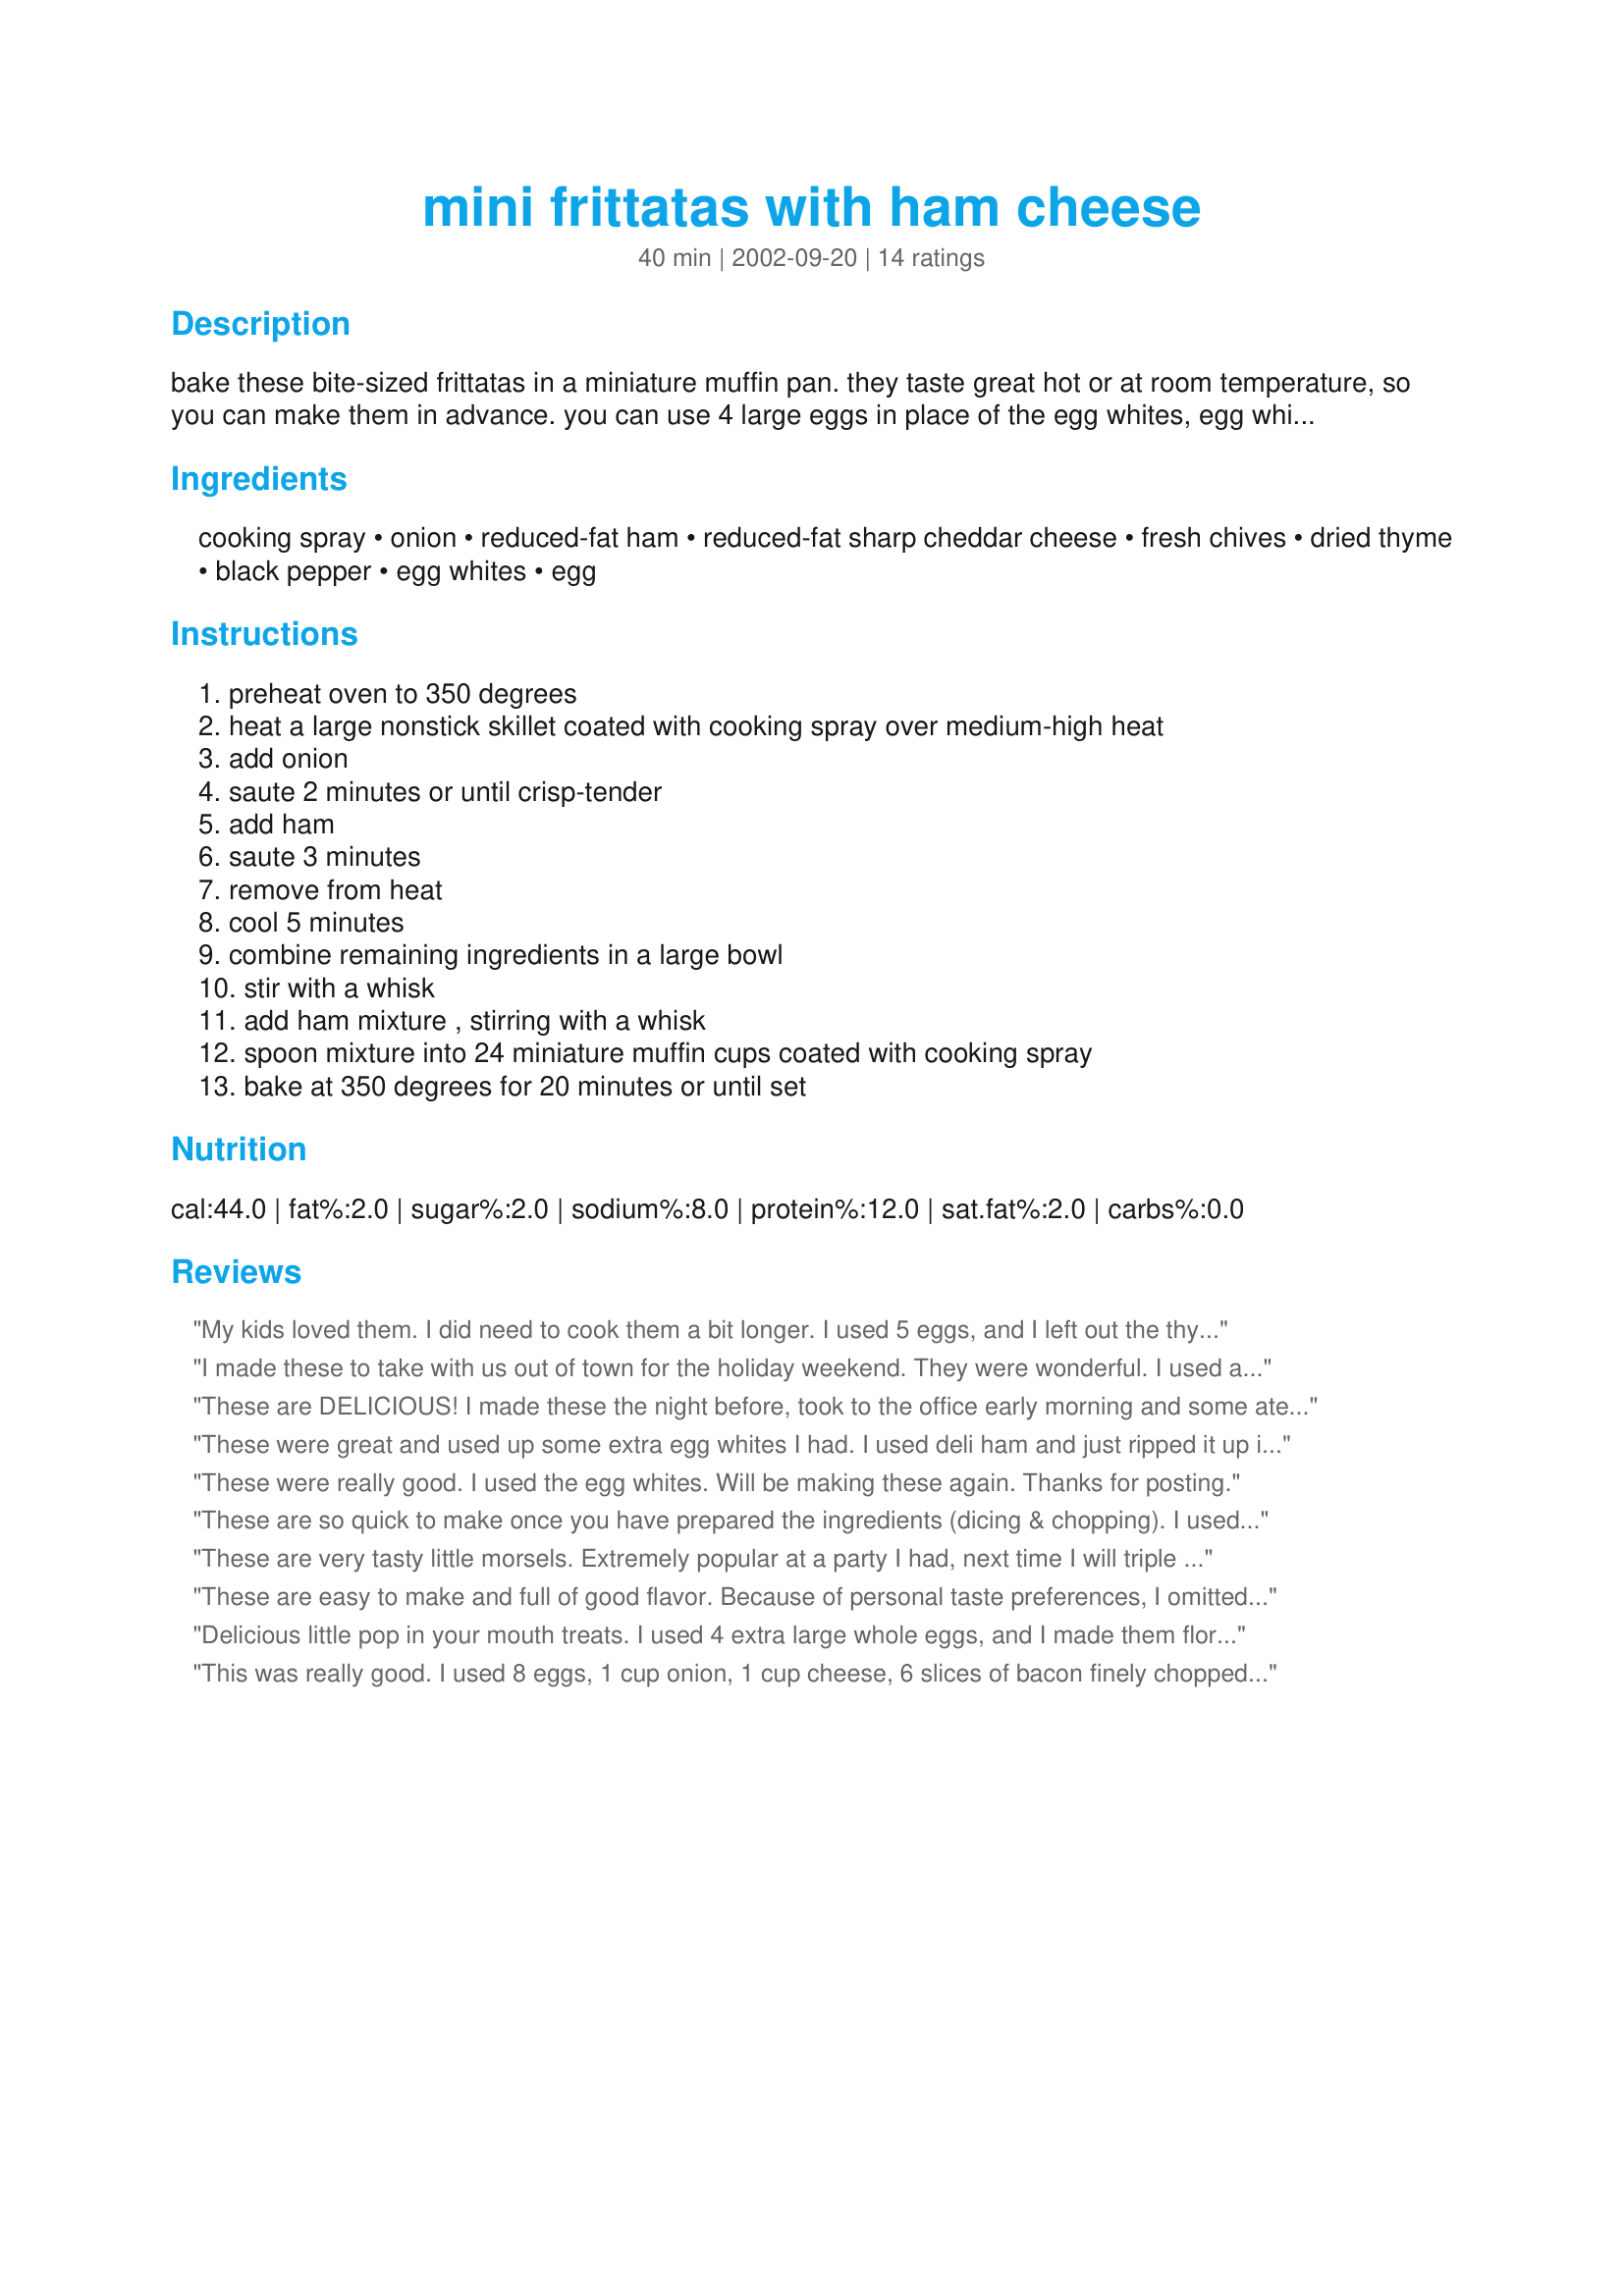
mini frittatas with ham cheese
Preparation time: 40 minutes

bake these bite-sized frittatas in a miniature muffin pan. they taste great hot or at room temperature, so you can make them in advance. you can use 4 large eggs in place of the egg whites, egg whites just make it lower in fat.
enjoy!

Ingredients:
cooking spray, onion, reduced-fat ham, reduced-fat sharp cheddar cheese, fresh chives, dried thyme, black pepper, egg whites, egg

Steps:
preheat oven to 350 degrees, heat a large nonstick skillet coated with cooking spray over medium-high heat, add onion, saute 2 minutes or until crisp-tender, add ham, saute 3 minutes, remove from heat, cool 5 minutes, combine remaining ingredients in a large bowl, stir with a whisk, add ham mixture , stirring with a whisk, spoon mixture into 24 miniature muffin cups coated with cooking spray, bake at 350 degrees for 20 minutes or until set

Reviews:
My kids loved them. I did need to cook them a bit longer. I used 5 eggs, and I left out the thyme, and they were very good. Great for quick breakfasts. We only liked them hot, though. Thanks!
I made these to take with us out of town for the holiday weekend. They were wonderful. I used a whole onion, diced, left out the chives and thyme, added garlic powder and more cheese, to some I added some fresh diced jalapeno. I used 7 whole eggs and made these in standard muffin tins. I made 12 and after my PICKY step daughter ate one (picking around the onion) she asked me to make some just for her with the onions left out, now that is high praise! This recipe is a keeper!
These are DELICIOUS! I made these the night before, took to the office early morning and some ate them cold, some heated them in microwave-all loved them! Some trays included tomatoes, jalapenos, chorizo-so easy to make them your own. Thank you, Dancer^, for a great recipe. Made for the Think Pink Tag Game In Honor of Breast Cancer Awareness, October 2008.
These were great and used up some extra egg whites I had. I used deli ham and just ripped it up instead of chopping it. I think in the future I will experiment with other ingredients such as bacon or tomatoes. I didn't have fresh chives so I used some dried ones. I found that I could have used even less for the chives as they were a little overwhelming in some of the mini frittitas. All in all these were a great bite size snack that my family enjoyed.
These were really good. I used the egg whites. Will be making these again. Thanks for posting.
These are so quick to make once you have prepared the ingredients (dicing & chopping).
I used parsley in place of the chives. Made these with 4 eggs in place of the whites and I got 24 mini frittatas.
I took these to a meeting and they were devoured, at room temp, in quick time :) Another keeper for me :)
These are very tasty little morsels. Extremely popular at a party I had, next time I will triple this recipe! I used whole eggs and the recipe only made 20 for me instead of 24. People were fighting over the last of them. I made them the day ahead and served them cold.
These are easy to make and full of good flavor. Because of personal taste preferences, I omitted the onion, chives, and thyme. I added some salt and used canadian bacon instead of ham (basically the same thing, though). As well as for breakfast, they are lovely to keep in the freezer for an after-work snack. I had to double the recipe to get 24 of them, but maybe I fill my muffin tins fuller than most people.
Delicious little pop in your mouth treats. I used 4 extra large whole eggs, and I made them florentine by adding some finely chopped fresh spinach. Got exactly 24 mini frittatas. Love the carb count on these! They would also be great as quiches if using crust. Easy to put together and very tasty, probably wide open for flavor variations.
This was really good. I used 8 eggs, 1 cup onion, 1 cup cheese, 6 slices of bacon finely chopped, 6 mushrooms (cooked with the onions) finely chopped, and some cooked broccoli. Made it in the large muffin containers and baked them for about 30 min. Will definitely make again!
These are delicious! I also used whole eggs, and ended up making them in regular sized muffing tins.
We all enjoyed them so much.
Thanks for posting Dancer!!
I found these to be quite good and tempered what I did based on other reviews. Using 5 whole eggs worked out fine. In fact just enough - Someone said that 2 tbls. of chives was too strong so I only used 1 tblsp. Next time I will use 2 tblsps. - I may have used a "generous" 1/8 tsp. of thyme and found it to be a bit much. Maybe I will I will make it a scant 1/8 tsp. next time. -- I think my pan was on the large side and it only took 15 minutes.
What a quick and easy breakfast!!! I like a lot of flavor so next time I'll add jalapeno peppers probably, but this was really good as is. This is one of those "why didn't i think of that" kinda things for me. :) TY for the recipe!!
I made these for DH to have as breakfast on his "early" mornings of the week; I stored them in the fridge and he ate them cold. I used 4 large eggs instead of egg whites. Thanks!
